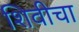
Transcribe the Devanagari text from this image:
शिवीचा